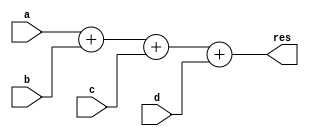
module add(a, b, c, d, res);

	input [3:0] a, b ,c ,d;	
	output [5:0] res;	
	assign res = a + b + c + d;	

endmodule